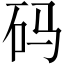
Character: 码